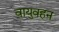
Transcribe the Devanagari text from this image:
वायुवहन